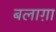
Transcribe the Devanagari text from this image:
बलाग़ा